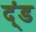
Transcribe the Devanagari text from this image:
द्ंड